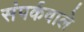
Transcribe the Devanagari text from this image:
संपर्कवाले